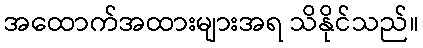
အထောက်အထားများအရ သိနိုင်သည်။